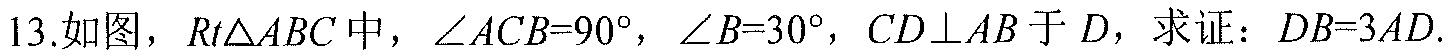
13.如图，\(Rt\triangle ABC\)中，\(\angle ACB = 90^{\circ}\)，\(\angle B = 30^{\circ}\)，\(CD\perp AB\)于\(D\)，求证：\(DB = 3AD\).